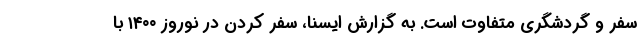
سفر و گردشگری متفاوت است. به گزارش ایسنا، سفر کردن در نوروز ۱۴۰۰ با